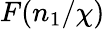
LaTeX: F(n_{1}/\chi)